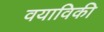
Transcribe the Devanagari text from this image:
वयाविकी